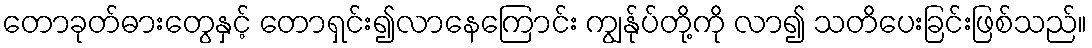
တောခုတ်ဓားတွေနှင့် တောရှင်း၍လာနေကြောင်း ကျွန်ုပ်တို့ကို လာ၍ သတိပေးခြင်းဖြစ်သည်။